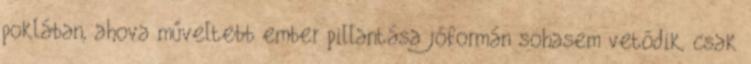
poklában, ahova műveltebb ember pillantása jóformán sohasem vetődik, csak